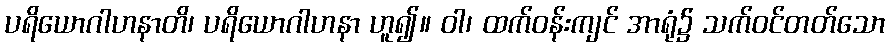
ပရိယောဂါဟနာတိ၊ ပရိယောဂါဟနာ ဟူ၍။ ဝါ၊ ထက်ဝန်းကျင် အာရုံ၌ သက်ဝင်တတ်သော